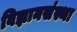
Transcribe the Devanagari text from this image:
विज्ञानसंस्था